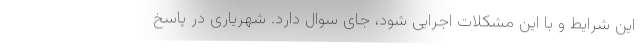
این شرایط و با این مشکلات اجرایی شود، جای سوال دارد. شهریاری در پاسخ